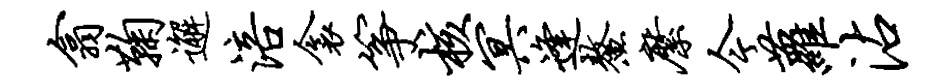
翕鞠邂涪衾筝核冥逢鳌縻今萝沾